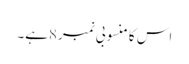
اس کا منسوبی نمبر8ہے۔